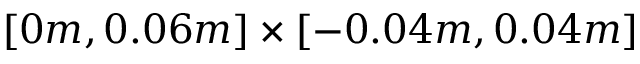
\left[ 0 m , 0 . 0 6 m \right] \times \left[ - 0 . 0 4 m , 0 . 0 4 m \right]